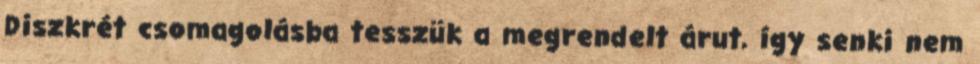
Diszkrét csomagolásba tesszük a megrendelt árut, így senki nem